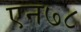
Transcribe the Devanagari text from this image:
एन७८